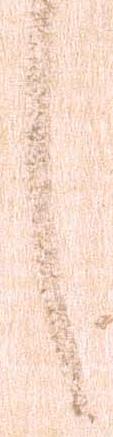
言